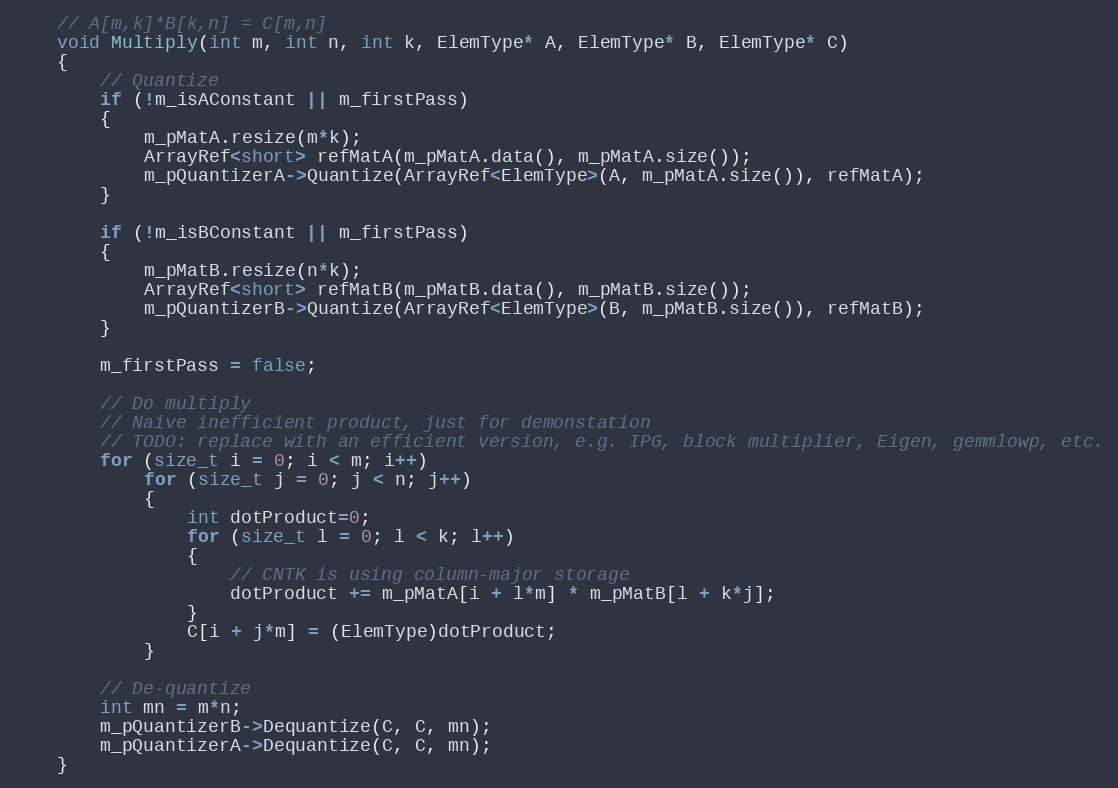
Language: C
    // A[m,k]*B[k,n] = C[m,n]
    void Multiply(int m, int n, int k, ElemType* A, ElemType* B, ElemType* C)
    {
        // Quantize
        if (!m_isAConstant || m_firstPass)
        {
            m_pMatA.resize(m*k);
            ArrayRef<short> refMatA(m_pMatA.data(), m_pMatA.size());
            m_pQuantizerA->Quantize(ArrayRef<ElemType>(A, m_pMatA.size()), refMatA);
        }

        if (!m_isBConstant || m_firstPass)
        {
            m_pMatB.resize(n*k);
            ArrayRef<short> refMatB(m_pMatB.data(), m_pMatB.size());
            m_pQuantizerB->Quantize(ArrayRef<ElemType>(B, m_pMatB.size()), refMatB);
        }

        m_firstPass = false;

        // Do multiply
        // Naive inefficient product, just for demonstation
        // TODO: replace with an efficient version, e.g. IPG, block multiplier, Eigen, gemmlowp, etc.
        for (size_t i = 0; i < m; i++)
            for (size_t j = 0; j < n; j++)
            {
                int dotProduct=0;
                for (size_t l = 0; l < k; l++)
                {
                    // CNTK is using column-major storage
                    dotProduct += m_pMatA[i + l*m] * m_pMatB[l + k*j];
                }
                C[i + j*m] = (ElemType)dotProduct;
            }

        // De-quantize
        int mn = m*n;
        m_pQuantizerB->Dequantize(C, C, mn);
        m_pQuantizerA->Dequantize(C, C, mn);
    }